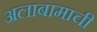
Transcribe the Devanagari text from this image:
अलाबामाची